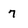
Character: 7